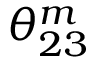
\theta _ { 2 3 } ^ { m }